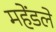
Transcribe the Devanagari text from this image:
महेंडले